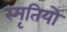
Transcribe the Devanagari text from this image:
स्मृतियो